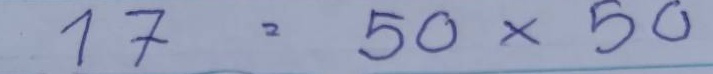
17 = 50 x 50